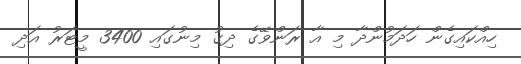
ހިއްކައިގެން ހަދަމުންދާ މި އާ ރަންވޭގެ ދިގު މިނުގައި 3400 މީޓަރު އަދި